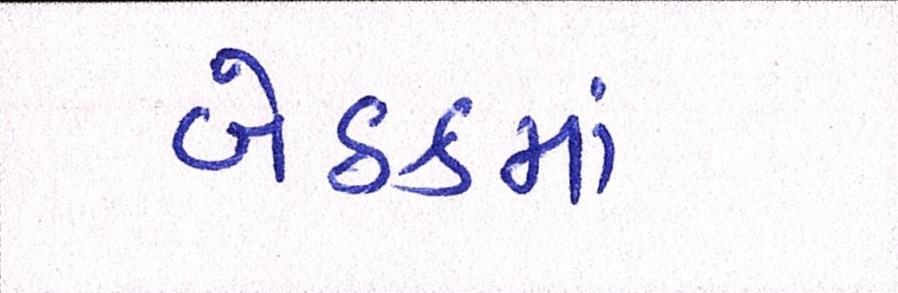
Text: બેઠકમાં